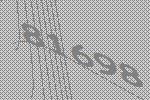
81698